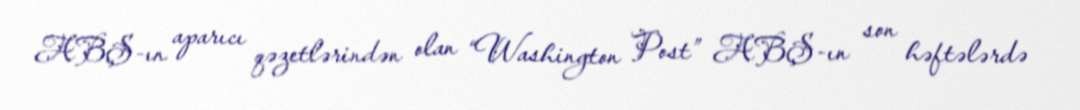
ABŞ-ın aparıcı qəzetlərindən olan “Washington Post” ABŞ-ın son həftələrdə